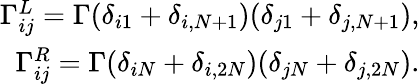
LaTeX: \begin{array}{r}{\Gamma_{ij}^{L}=\Gamma(\delta_{i1}+\delta_{i,N+1})(\delta_{j1}+\delta_{j,N+1}),}\\ {\Gamma_{ij}^{R}=\Gamma(\delta_{iN}+\delta_{i,2N})(\delta_{jN}+\delta_{j,2N}).}\end{array}